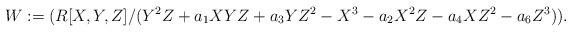
LaTeX: \begin{align*}W:=(R[X,Y,Z]/(Y^2Z+a_{1}XYZ+a_{3}YZ^2-X^3-a_{2}X^2Z-a_{4}XZ^2-a_{6}Z^3)).\end{align*}